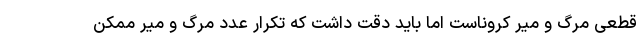
قطعی مرگ و میر کروناست اما باید دقت داشت که تکرار عدد مرگ و میر ممکن